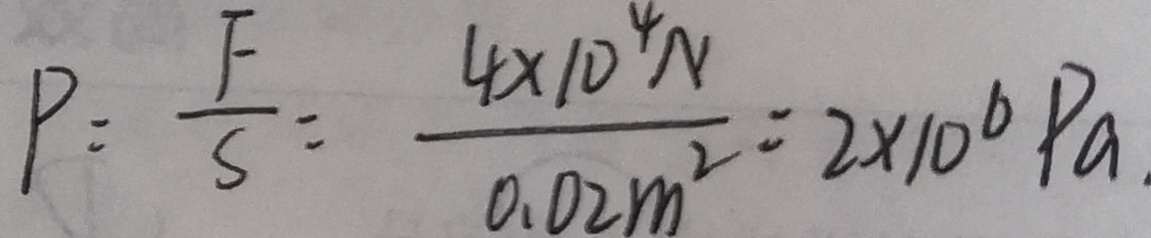
P = \frac { F } { S } = \frac { 4 \times 1 0 ^ { 4 } N } { 0 . 0 2 m ^ { 2 } } = 2 \times 1 0 ^ { 6 } P a .